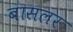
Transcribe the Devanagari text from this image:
बासलर